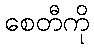
စေတီကို